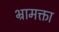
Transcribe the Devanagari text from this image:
भ्रामक्ता